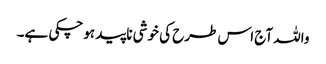
واللہ آج اس طرح کی خوشی ناپید ہوچکی ہے۔